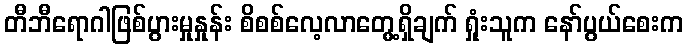
တီဘီရောဂါဖြစ်ပွားမှုနှုန်း စိစစ်လေ့လာတွေ့ရှိချက် ရှုံးသူက နော်ပွယ်စေးက